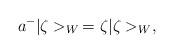
LaTeX: \begin{align*} a^-|\zeta>_W\, =\zeta |\zeta>_W,\end{align*}